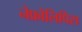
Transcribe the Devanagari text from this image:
नेफ्रोलिपिस